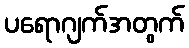
ပရောဂျက်အတွက်